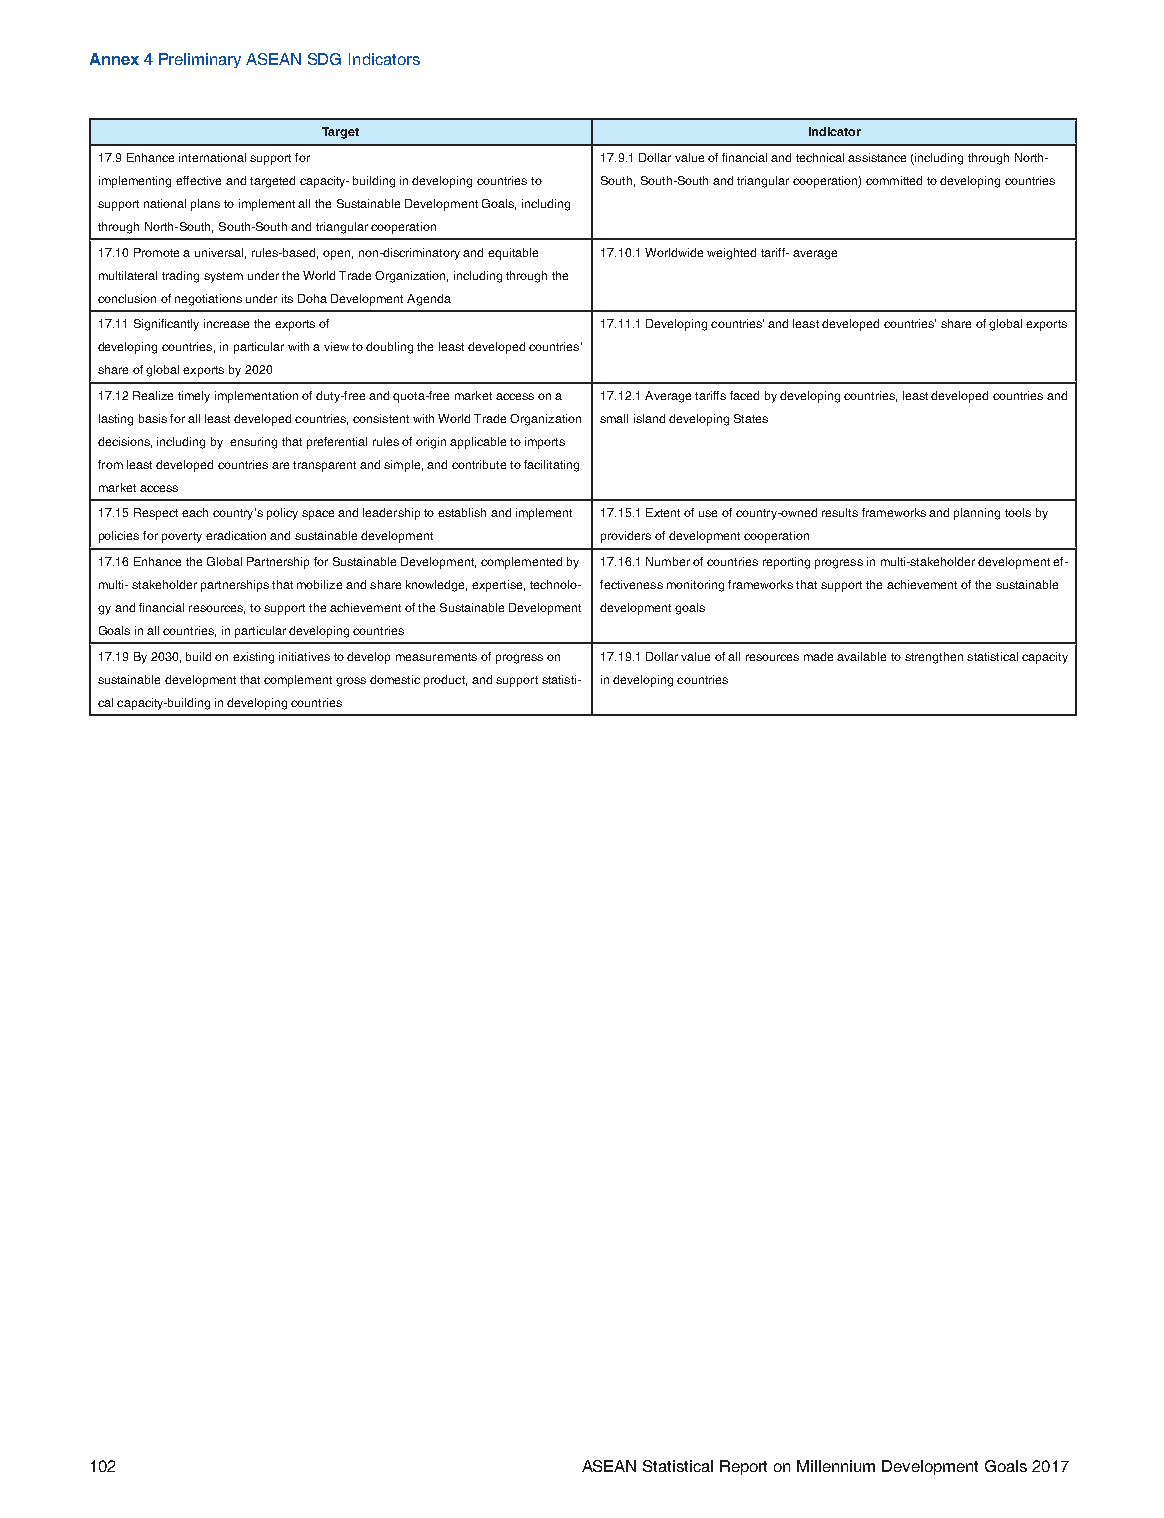
Annex 4 Preliminary ASEAN SDG Indicators
 Target                          Indicator
 17.9 Enhance international support for 17.9.1 Dollar value of financial and technical assistance (including through North-
 implementing effective and targeted capacity- building in developing countries to South, South-South and triangular cooperation) committed to developing countries
 support national plans to implement all the Sustainable Development Goals, including
 through North-South, South-South and triangular cooperation
 17.10 Promote a universal, rules-based, open, non-discriminatory and equitable 17.10.1 Worldwide weighted tariff- average
 multilateral trading system under the World Trade Organization, including through the
 conclusion of negotiations under its Doha Development Agenda
 17.11 Significantly increase the exports of 17.11.1 Developing countries’ and least developed countries’ share of global exports
 developing countries, in particular with a view to doubling the least developed countries’
 share of global exports by 2020
 17.12 Realize timely implementation of duty-free and quota-free market access on a 17.12.1 Average tariffs faced by developing countries, least developed countries and
 lasting basis for all least developed countries, consistent with World Trade Organization small island developing States
 decisions, including by ensuring that preferential rules of origin applicable to imports
 from least developed countries are transparent and simple, and contribute to facilitating
 market access
 17.15 Respect each country’s policy space and leadership to establish and implement 17.15.1 Extent of use of country-owned results frameworks and planning tools by
 policies for poverty eradication and sustainable development providers of development cooperation
 17.16 Enhance the Global Partnership for Sustainable Development, complemented by 17.16.1 Number of countries reporting progress in multi-stakeholder development ef-
 multi- stakeholder partnerships that mobilize and share knowledge, expertise, technolo- fectiveness monitoring frameworks that support the achievement of the sustainable
 gy and financial resources, to support the achievement of the Sustainable Development development goals
 Goals in all countries, in particular developing countries
 17.19 By 2030, build on existing initiatives to develop measurements of progress on 17.19.1 Dollar value of all resources made available to strengthen statistical capacity
 sustainable development that complement gross domestic product, and support statisti- in developing countries
 cal capacity-building in developing countries
 102                             ASEAN Statistical Report on Millennium Development Goals 2017